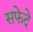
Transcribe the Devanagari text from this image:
सफेदे